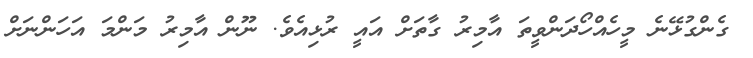
ގެންގުޅޭނެ މީހެއްހޯދަންވީތަަ އާމިރު ގާތަށް އައީ ރުޅިއެވެ. ނޫން އާމިރު މަންމަ އަހަންނަށް